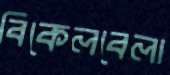
বিকেলবেলা